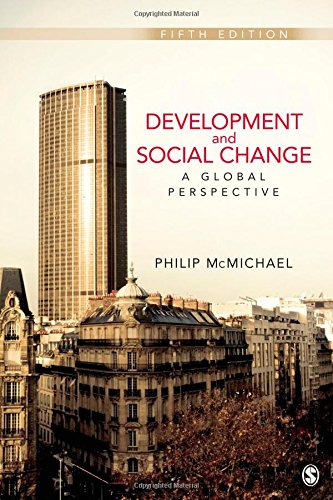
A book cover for Development and Social Change: A Global Perspective, 5th Edition (Sociology for a New Century); Philip McMichael; Business & Money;